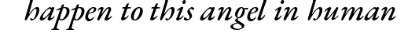
happen to this angel in human